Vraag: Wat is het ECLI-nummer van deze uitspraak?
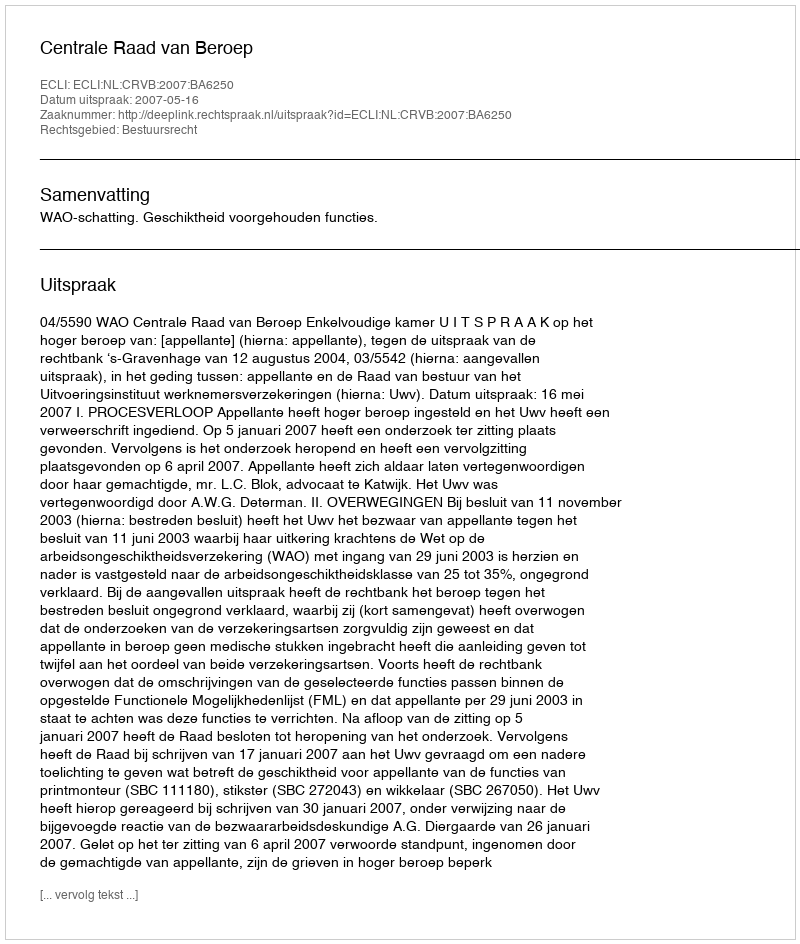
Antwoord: ECLI:NL:CRVB:2007:BA6250